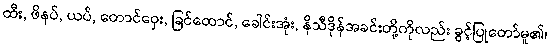
ထီး, ဖိနပ်, ယပ်, တောင်ဝှေး, ခြင်ထောင်, ခေါင်းအုံး, နိသီဒိုန်အခင်းတို့ကိုလည်း ခွင့်ပြုတော်မူ၏၊